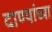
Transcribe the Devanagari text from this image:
दाण्यांच्या